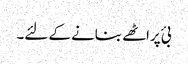
بئ پراٹھے بنانے کے لئے۔